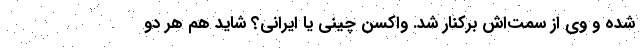
شده و وی از سمت‌اش برکنار شد. واکسن چینی یا ایرانی؟ شاید هم هر دو